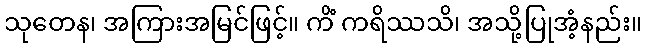
သုတေန၊ အကြားအမြင်ဖြင့်။ ကိံ ကရိဿသိ၊ အသို့ပြုအံ့နည်း။